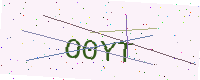
Text: O0YT